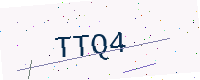
Text: TTQ4